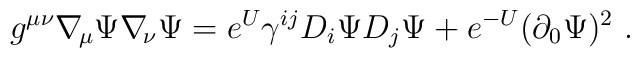
g^{\mu\nu} \nabla_{\!\mu} \Psi \nabla_{\!\nu} \Psi = e^U \gamma^{ij}D_i\Psi D_j\Psi + e^{-U} (\partial_0\Psi)^2 \ .